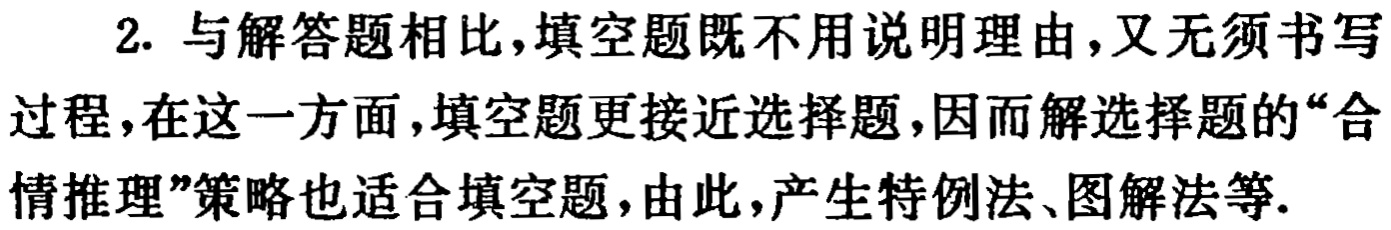
2. 与解答题相比，填空题既不用说明理由，又无须书写
过程，在这一方面，填空题更接近选择题，因而解选择题的“合
情推理”策略也适合填空题，由此，产生特例法、图解法等.